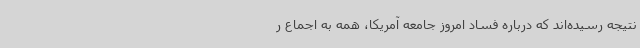
نتیجه رسیده‌اند که درباره فساد امروز جامعه آمریکا، همه به اجماع ر